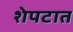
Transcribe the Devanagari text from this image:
शेपटात